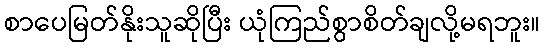
စာပေမြတ်နိုးသူဆိုပြီး ယုံကြည်စွာစိတ်ချလို့မရဘူး။